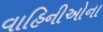
વાહિનીઓના